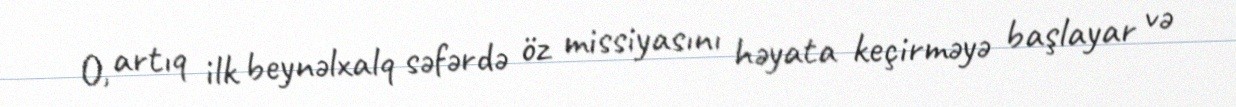
O, artıq ilk beynəlxalq səfərdə öz missiyasını həyata keçirməyə başlayar və